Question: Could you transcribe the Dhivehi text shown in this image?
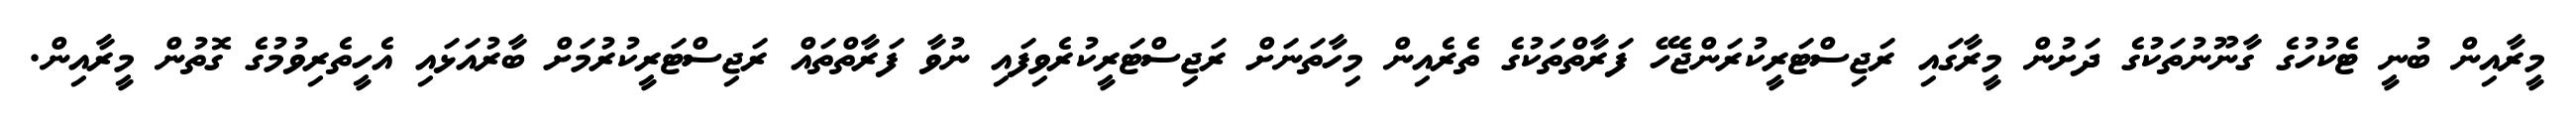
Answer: މީރާއިން ބުނީ ޓެކުހުގެ ގާނޫނުތަކުގެ ދަށުން މީރާގައި ރަޖިސްޓަރީކުރަންޖެހޭ ފަރާތްތަކުގެ ތެރެއިން މިހާތަނަށް ރަޖިސްޓަރީކުރެވިފައި ނުވާ ފަރާތްތައް ރަޖިސްޓަރީކުރުމަށް ބާރުއަޅައި އެހީތެރިވުމުގެ ގޮތުން މީރާއިން.